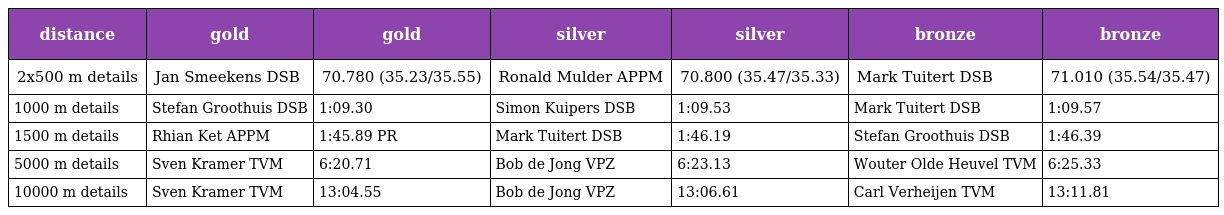
| distance | gold | gold | silver | silver | bronze | bronze |
 | --- | --- | --- | --- | --- | --- | --- |
 | 2x500 m details | Jan Smeekens DSB | 70.780 (35.23/35.55) | Ronald Mulder APPM | 70.800 (35.47/35.33) | Mark Tuitert DSB | 71.010 (35.54/35.47) |
 | 1000 m details | Stefan Groothuis DSB | 1:09.30 | Simon Kuipers DSB | 1:09.53 | Mark Tuitert DSB | 1:09.57 |
 | 1500 m details | Rhian Ket APPM | 1:45.89 PR | Mark Tuitert DSB | 1:46.19 | Stefan Groothuis DSB | 1:46.39 |
 | 5000 m details | Sven Kramer TVM | 6:20.71 | Bob de Jong VPZ | 6:23.13 | Wouter Olde Heuvel TVM | 6:25.33 |
 | 10000 m details | Sven Kramer TVM | 13:04.55 | Bob de Jong VPZ | 13:06.61 | Carl Verheijen TVM | 13:11.81 |